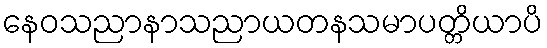
နေဝသညာနာသညာယတနသမာပတ္တိယာပိ